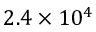
2 . 4 \times 1 0 ^ { 4 }